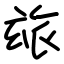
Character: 玈